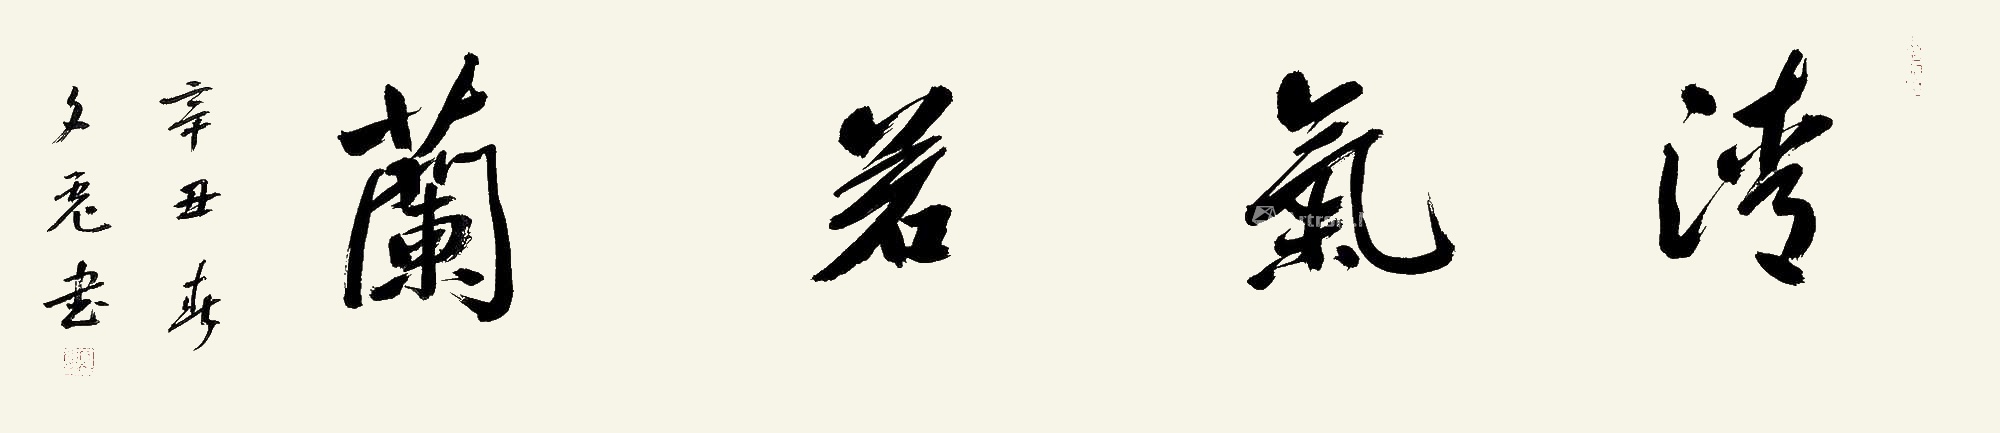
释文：清气若兰辛丑春，文彪书。